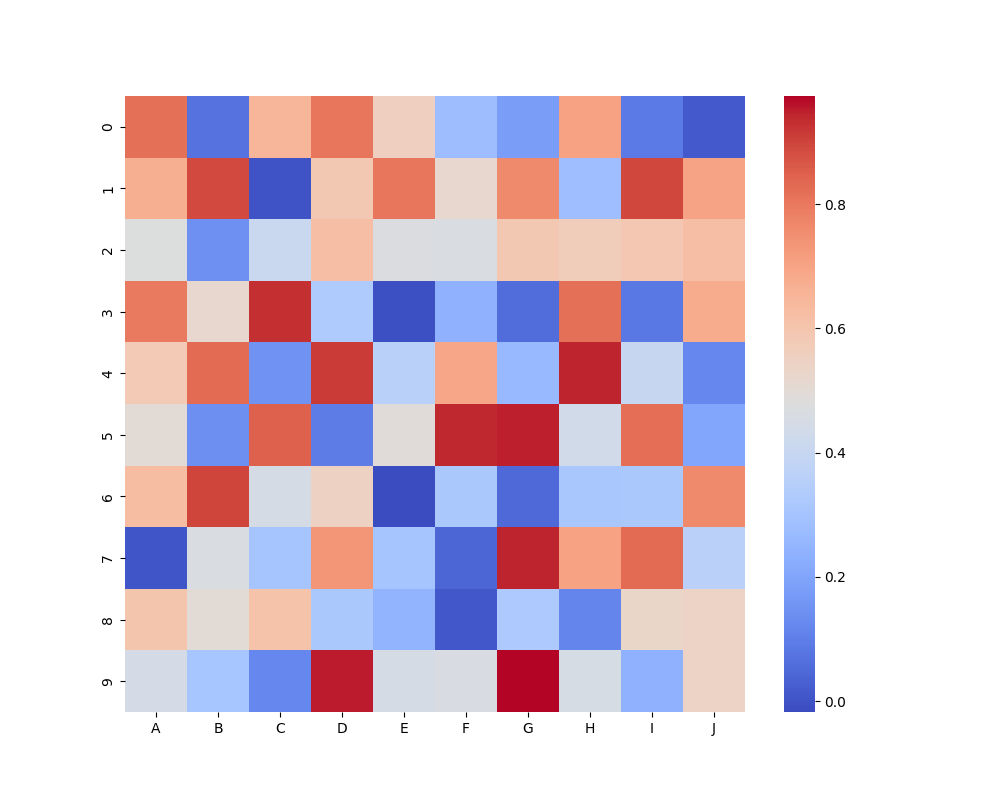
python, seaborn, heatmap, cmap='coolwarm', linewidths=0.0, center=none